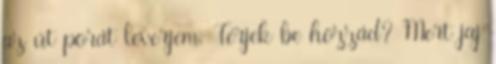
az út porát leverjem. Térjek be hozzád? Mert jaj